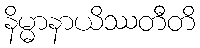
နိမ္မာနာယိဿတီတိ